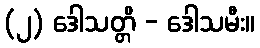
(၂) ဒေါသတ္တိ - ဒေါသမီး။